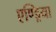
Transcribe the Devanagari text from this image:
एण्ड्रिया